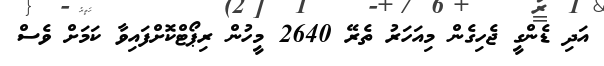
އަދި ޑެންގީ ޖެހިގެން މިއަހަރު ތެރޭ 2640 މީހުން ރިޕޯޓްކޮށްފައިވާ ކަމަށް ވެސް